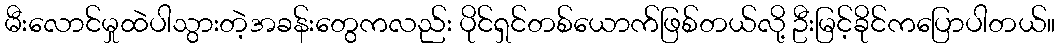
မီးလောင်မှုထဲပါသွားတဲ့အခန်းတွေကလည်း ပိုင်ရှင်တစ်ယောက်ဖြစ်တယ်လို့ ဦးမြင့်ခိုင်ကပြောပါတယ်။